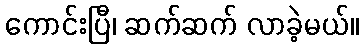
ကောင်းပြီ၊ ဆက်ဆက် လာခဲ့မယ်။